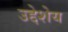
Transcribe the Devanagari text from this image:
उद्देशेय